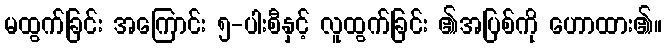
မထွက်ခြင်း အကြောင်း ၅-ပါးစီနှင့် လူထွက်ခြင်း ၏အပြစ်ကို ဟောထား၏။